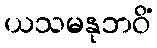
ယသမနုဘဝိံ